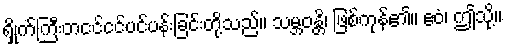
ရှိုက်ကြီးတငင်ငင်ပင်ပန်းခြင်းတို့သည်။ သမ္ဘဝန္တိ၊ ဖြစ်ကုန်၏။ ဧဝံ၊ ဤသို့။